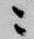
ニ